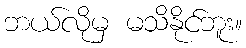
ဘယ်လိုမှ မသိနိုင်ဘူး။